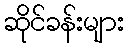
ဆိုင်ခန်းများ